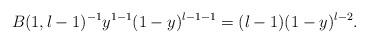
LaTeX: \begin{align*}B(1,l-1)^{-1}y^{1-1}(1-y)^{l-1-1} = (l-1)(1-y)^{l-2}.\end{align*}